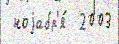
 ноjабр'я́  2003